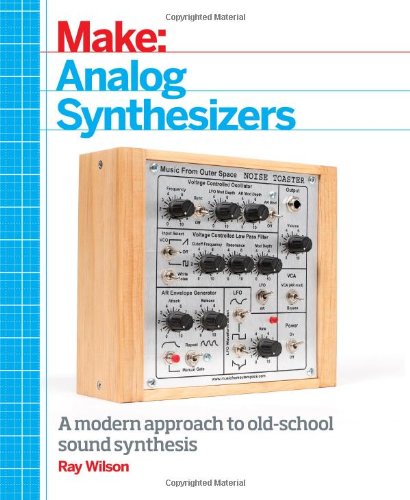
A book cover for Make: Analog Synthesizers; Ray Wilson; Computers & Technology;